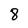
Character: 8